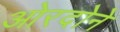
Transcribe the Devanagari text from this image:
ओरदोने